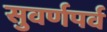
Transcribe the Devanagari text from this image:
सुवर्णपर्व